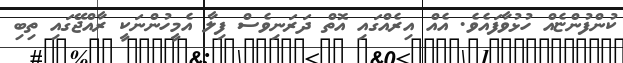
ކުންފުންޏެއް ހުޅުވާފައެވެ. އެއް އިރެއްގައި އޮތް ދަރަނިވެސް ފިލާ އެމީހުންނަކީ ރާއްޖޭގައި ތިބި